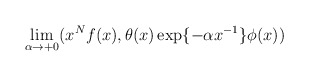
\begin{align*}\lim_{\alpha \rightarrow + 0} (x^{N}f(x),\theta (x)\exp \{ -\alpha x^{- 1}\} \phi (x))\end{align*}